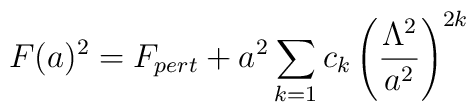
F(a)^2 = F_{pert} + a^2 \sum\limits_{k=1}c_k \left(\frac{\Lambda^2}{a^2} \right)^{2k}